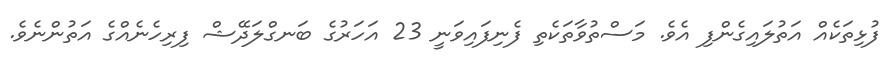
ފުޅިތަކެއް އަތުލައިގެންފި އެވެ. މަސްތުވާތަކެތި ފެނިފައިވަނީ 23 އަހަރުގެ ބަނގްލަދޭޝް ފިރިހެނެއްގެ އަތުންނެވެ.